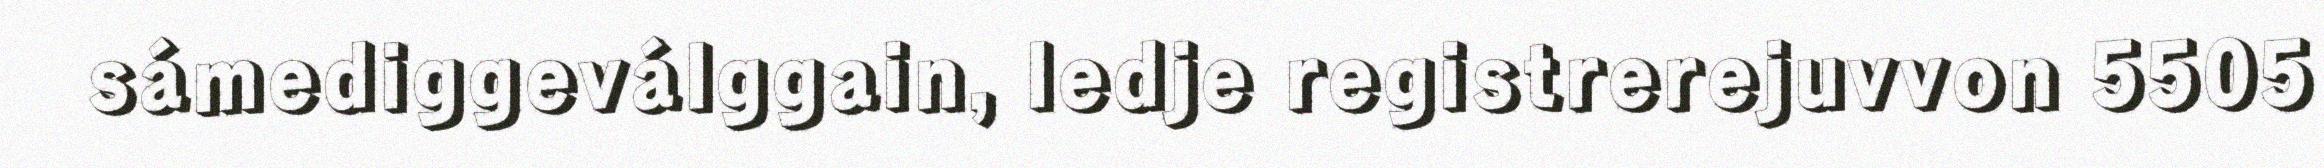
sámediggeválggain, ledje registrerejuvvon 5505